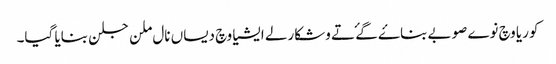
کوریا وچ نوے صوبے بناۓ گۓ تے وشکارلے ایشیا وچ دیساں نال ملن جلن بنایا گیا۔